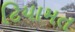
ટિયામત